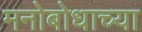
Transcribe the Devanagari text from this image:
मनोबोधाच्या